Civil Veterinary Department. Central Provinces & Berar 1932-41 - 1932-1941
Year: 1932
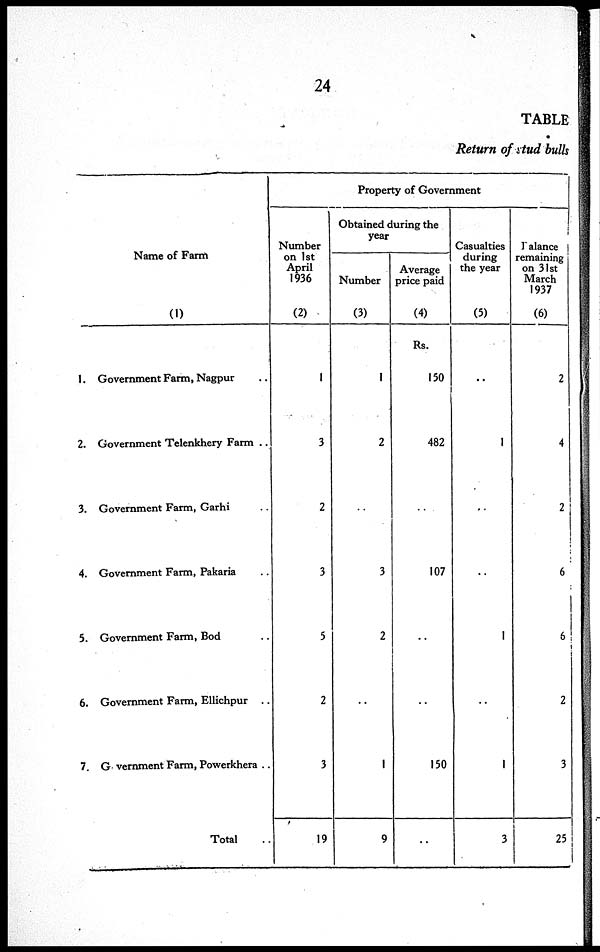
24
TABLE
Return of stud bulls
Name of Farm
(1)
1. Government Farm, Nagpur ...
2. Government Telenkhery Farm ...
3. Government Farm, Garhi ..
4. Government Farm, Pakaria ..
5. Government Farm, Bod
6. Government Farm, Ellichpur ..
7. Government Farm, Powerkhera ..
Total ..
Property of Government
Number
on 1st
April
1936
(2)
1
3
2
3
5
2
3
19
Obtained during the
year
Number
(3)
1
2
..
3
2
..
1
9
Average
price paid
(4)
Rs.
150
482
..
107
..
..
150
..
Casualties
during
the year
(5)
..
1
..
..
1
..
1
3
Balance
remaining
on 31st
March
1937
(6)
2
4
..
6
6
2
3
25